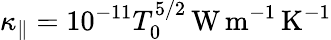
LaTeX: \kappa_{\parallel}=10^{-11}T_{0}^{5/2}\, \mathrm{W\, m}^{-1}\, \mathrm{K}^{-1}